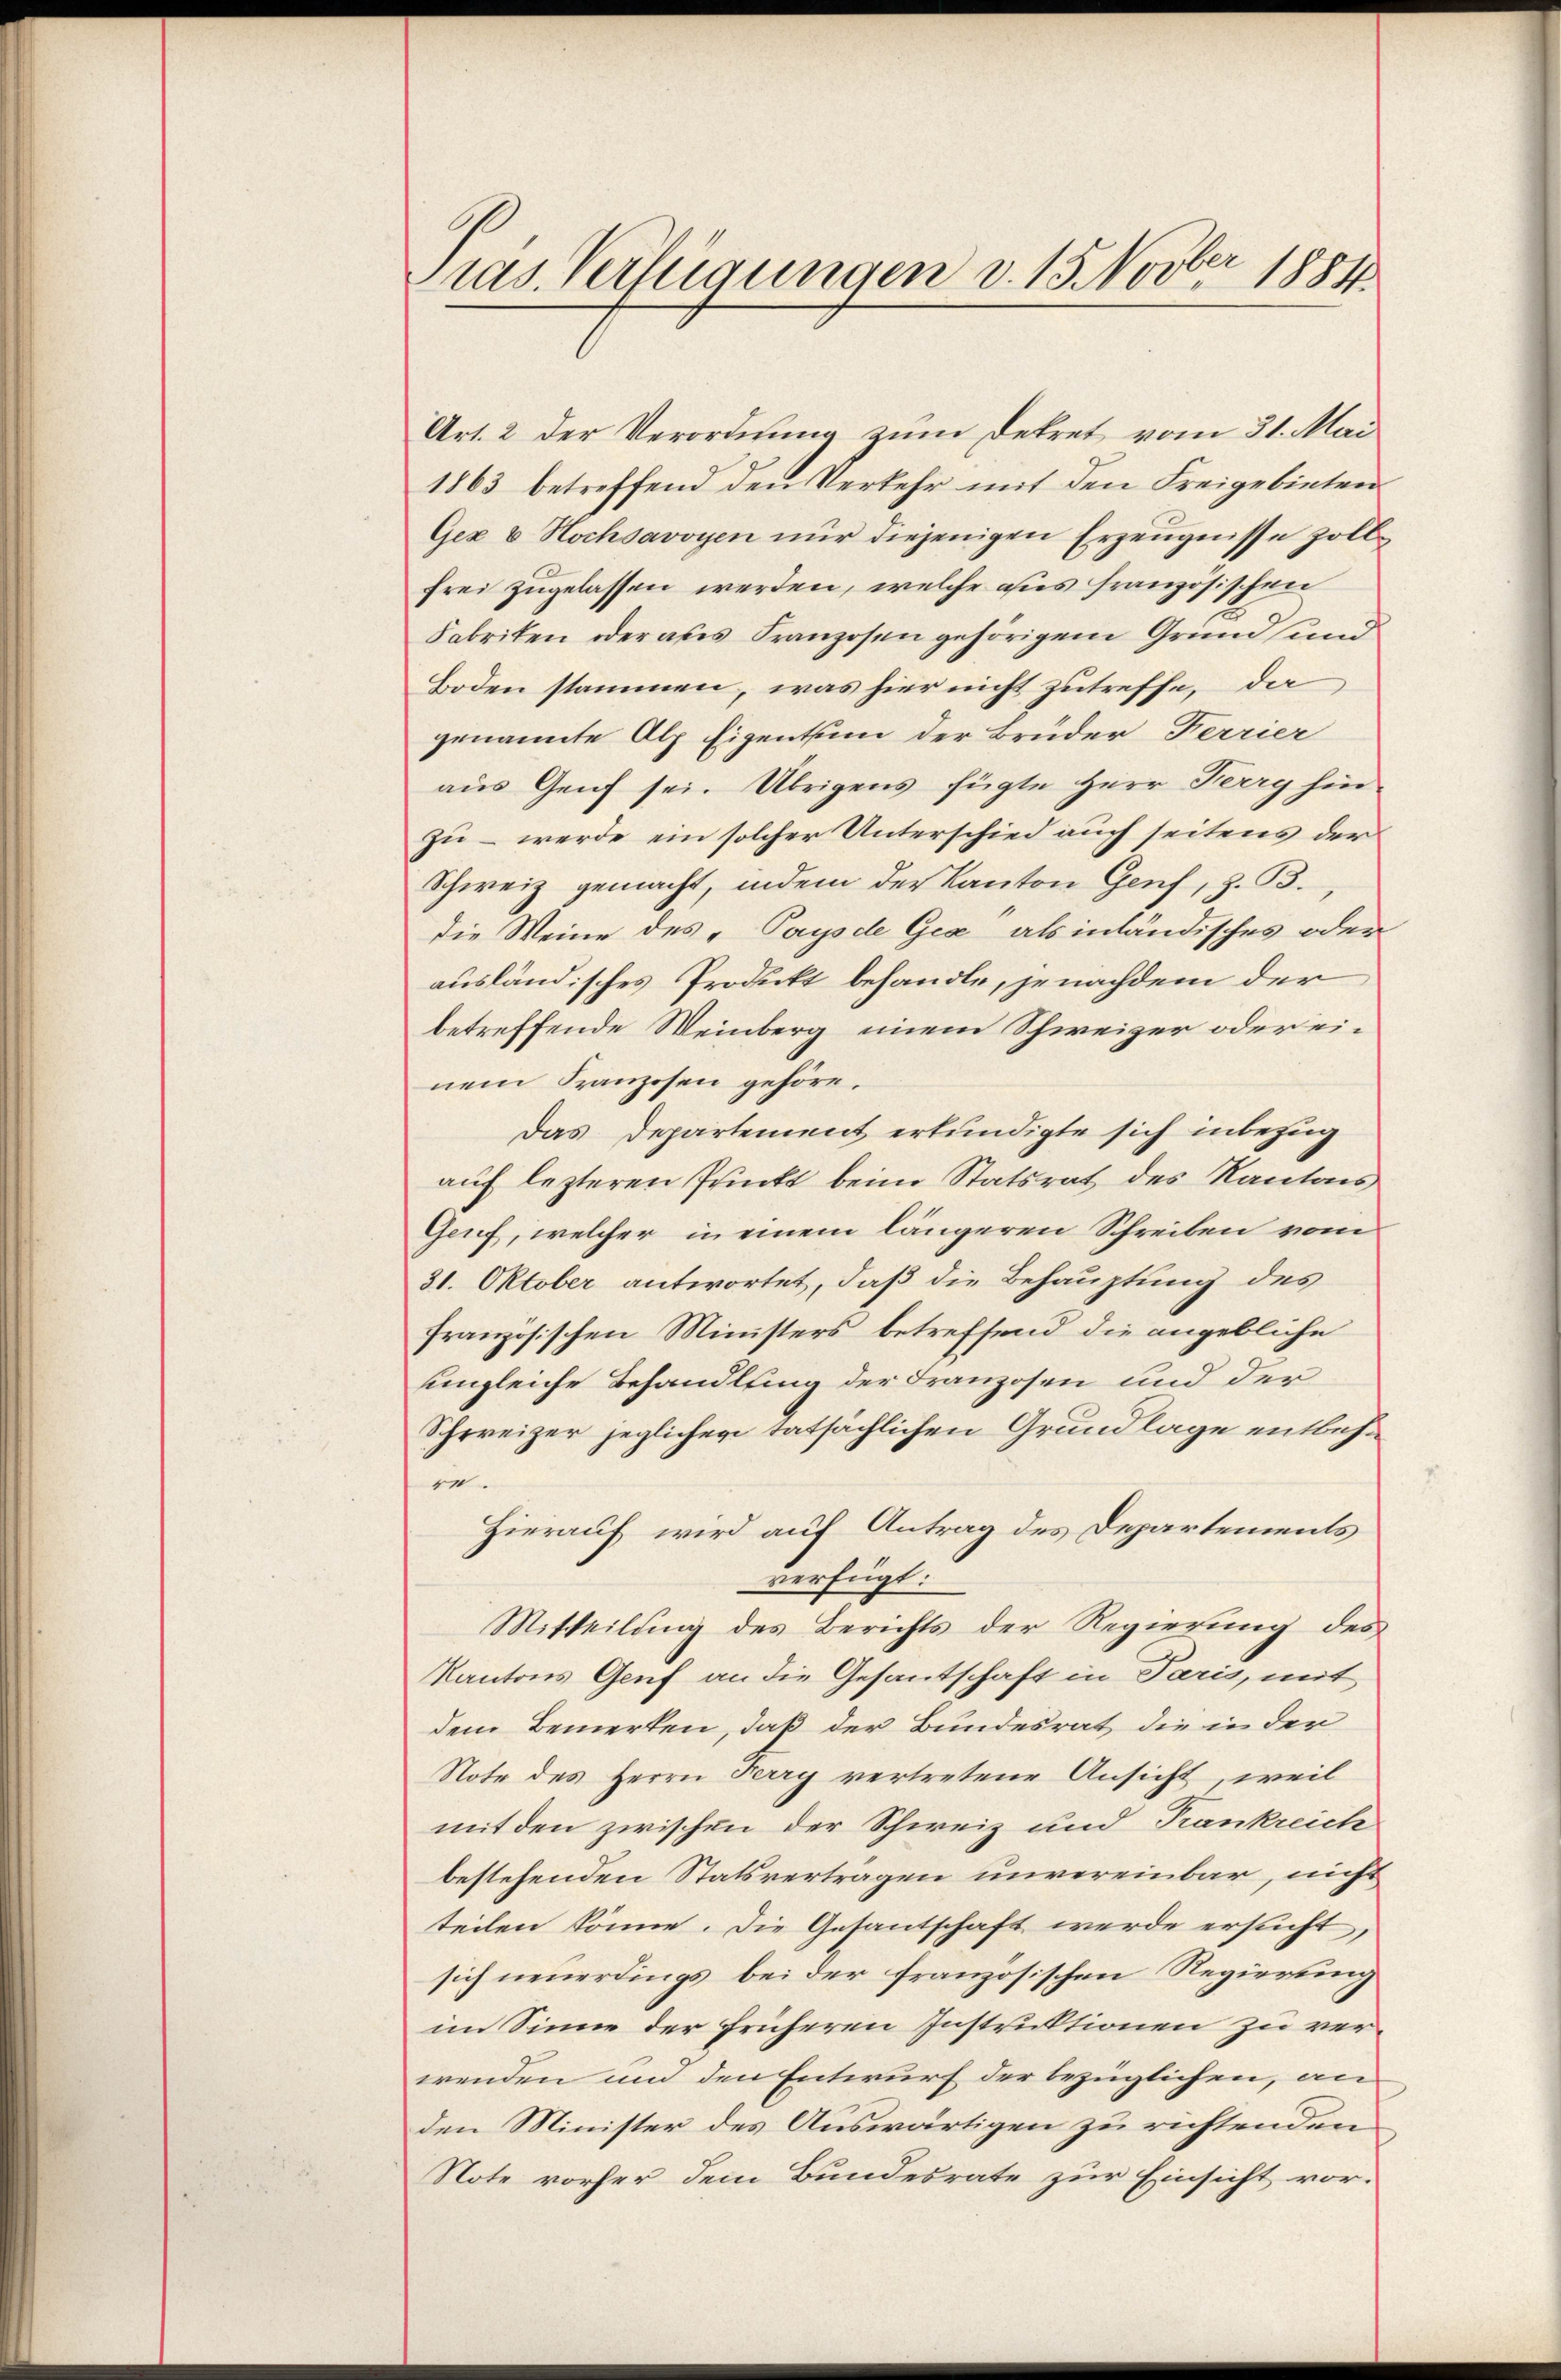
Pras. Verfügungen v. 15. Novber 1884

Art. 2 der Verordnung zum Dekret vom 31. Mai
1863 betreffend den Verkehr mit den Freigebieten
Gez & Hochsavoyen nŭr diejenigen Erzeugnisse zoll
frei zugelassen werden, welche aus französischen
Fabriken oder aus Franzosen gehörigem Grund und
Boden stammen, was hier nicht zutreffe, da
genannte Alp Eigentum der Brüder Ferrier
aus Genf sei. Übrigens fügte Herr Ferry hin
zu – werde ein solcher Unterschied auch seitens der
Schweiz gemacht, indem der Kanton Genf, z. B.
die Weine des „Pays de Gia als inländisches oder
ausländisches Produkt behandle, jenachdem der
betreffende Weinberg einem Schweizer oder einem Kranzosen gehöre.
Das Departement erkundigte sich inbezug
auf lezteren Prückt beim Statsrat des Kantons
Genf, welcher in einem längeren Schreiben vom
31. Oktober antwortet, daß die Behauptung des
französischen Ministers betreffend die angebliche
ungleiche Behandlung der Franzosen und der
Schweizer jeglichen tatsächlichen Grundlage entbehre.
Hierauf wird auf Antrag des Departements
verfügt:
Mitteilung des Berichts der Regierung des
Kantons Genf an die Gesantschaft in Paris, mit
dem Bemerken, daß der Bundesrat die in der
Note des Herrn Ferry vertretene Ansicht, weil
mit den zwischen der Schweiz und Trankreich
bestehenden Statsvertragen unvereinbar, nicht
teilen könne. Die Gesantschaft werde ersucht,
sich neuerdings bei der französischen Regierung
im Sinne der früheren Instruktionen zu verwenden und den Entwurf der bezüglichen, an
den Minister des Auswärtigen zu richtenden
Note vorher dem Bundesrate zur Einsicht vor-